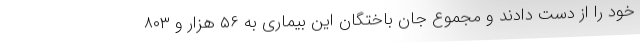
خود را از دست دادند و مجموع جان باختگان این بیماری به ۵۶ هزار و ۸۰۳